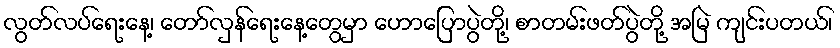
လွတ်လပ်ရေးနေ့၊ တော်လှန်ရေးနေ့တွေမှာ ဟောပြောပွဲတို့၊ စာတမ်းဖတ်ပွဲတို့ အမြဲ ကျင်းပတယ်၊